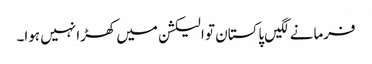
فرمانے لگیں پاکستان تو الیکشن میں کھڑا نہیں ہوا۔